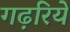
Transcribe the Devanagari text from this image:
गढ़रिये